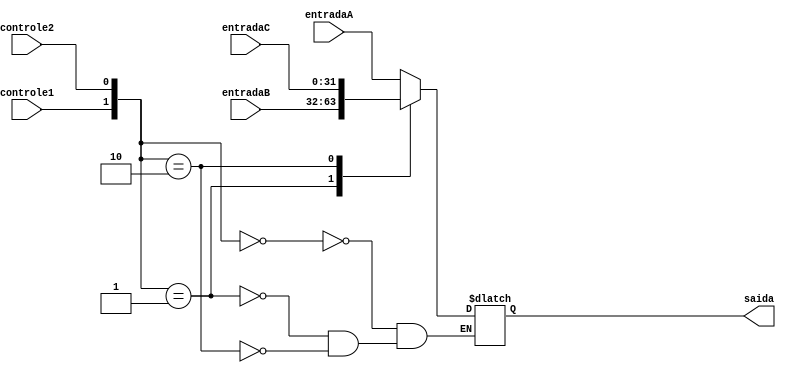
module Mux3_1(
  input [31:0] entradaA, entradaB, entradaC,
  input controle1,controle2,
  output reg [31:0] saida
);

  always @(*) begin

    case ({controle1,controle2})
       2'b00 : saida = entradaA;
       2'b01 : saida = entradaB;
       2'b10 : saida = entradaC;
       
     endcase

   

  end

endmodule